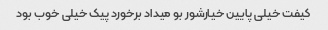
کیفت خیلی پایین خیارشور بو میداد برخورد پیک خیلی خوب بود